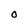
Character: O